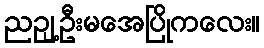
ညဉျ့ဦးမအေပြိုကလေး။